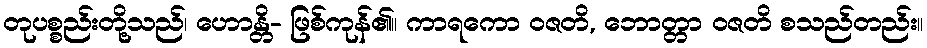
တုပစ္စည်းတို့သည်၊ ဟောန္တိ- ဖြစ်ကုန်၏။ ကာရကော ဝဇတိ, ဘောတ္တာ ဝဇတိ စသည်တည်း။